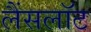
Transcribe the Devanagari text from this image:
लैंसलॉट